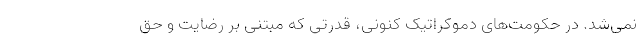
نمی‌شد. در حکومت‌های دموکراتیک کنونی، قدرتی که مبتنی بر رضایت و حق